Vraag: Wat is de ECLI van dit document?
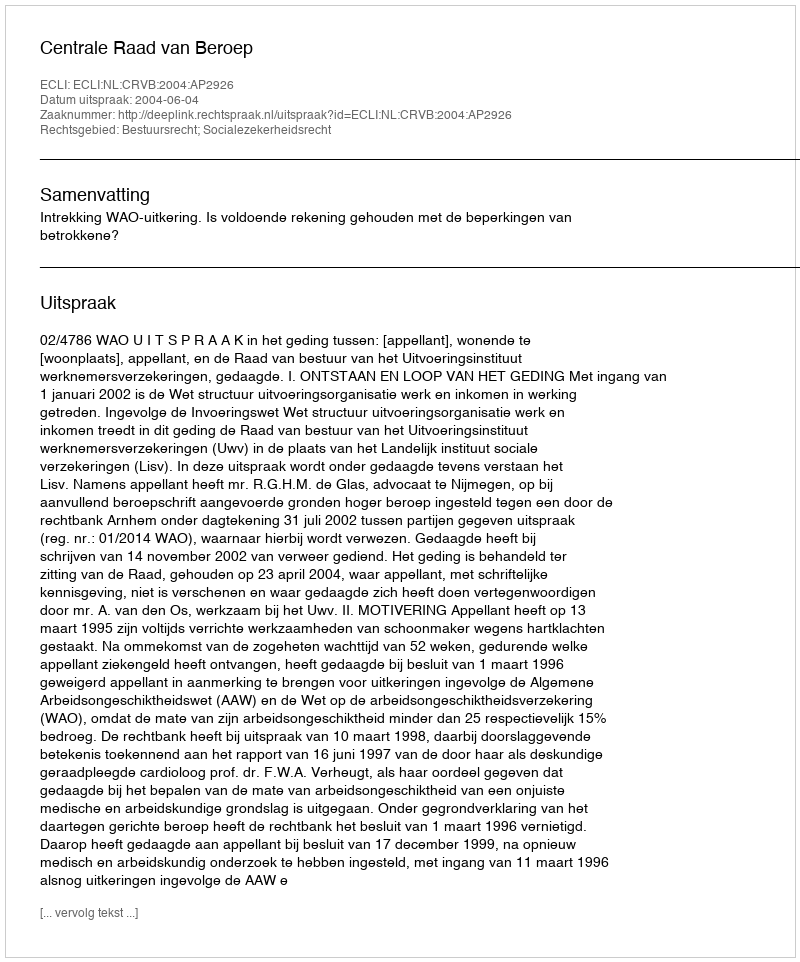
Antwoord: ECLI:NL:CRVB:2004:AP2926